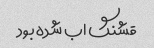
قشنگ اب شده بود